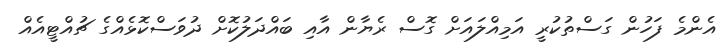
އެންމެ ފަހުން ގަސްތުކުރީ އަމިއްލައަށް ގޮސް ރެޔާން އާއި ބައްދަލުކޮށް ދުވަސްކޮޅެއްގެ ޗުއްޓީއެއް